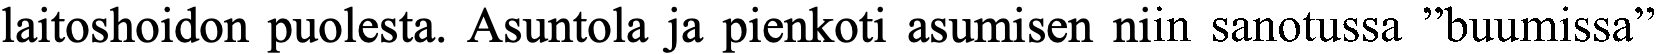
laitoshoidon puolesta. Asuntola ja pienkoti asumisen niin sanotussa ”buumissa”